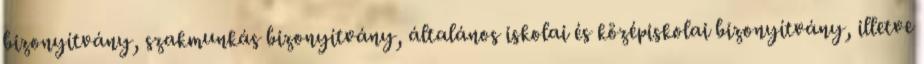
bizonyítvány, szakmunkás bizonyítvány, általános iskolai és középiskolai bizonyítvány, illetve